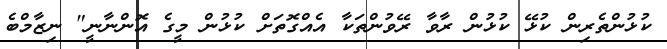
ކުޅުންތެރިން ކުޅޭ ކުޅުން ރާވާ ރޭވުންތަކާ އެއްގޮތަށް ކުޅުން މީގެ އޮންނާނީ" ނިޒާމްބެ